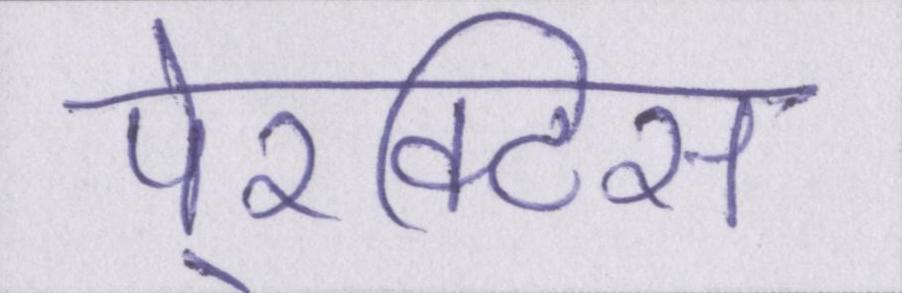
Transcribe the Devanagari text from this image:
पे्रक्टिस